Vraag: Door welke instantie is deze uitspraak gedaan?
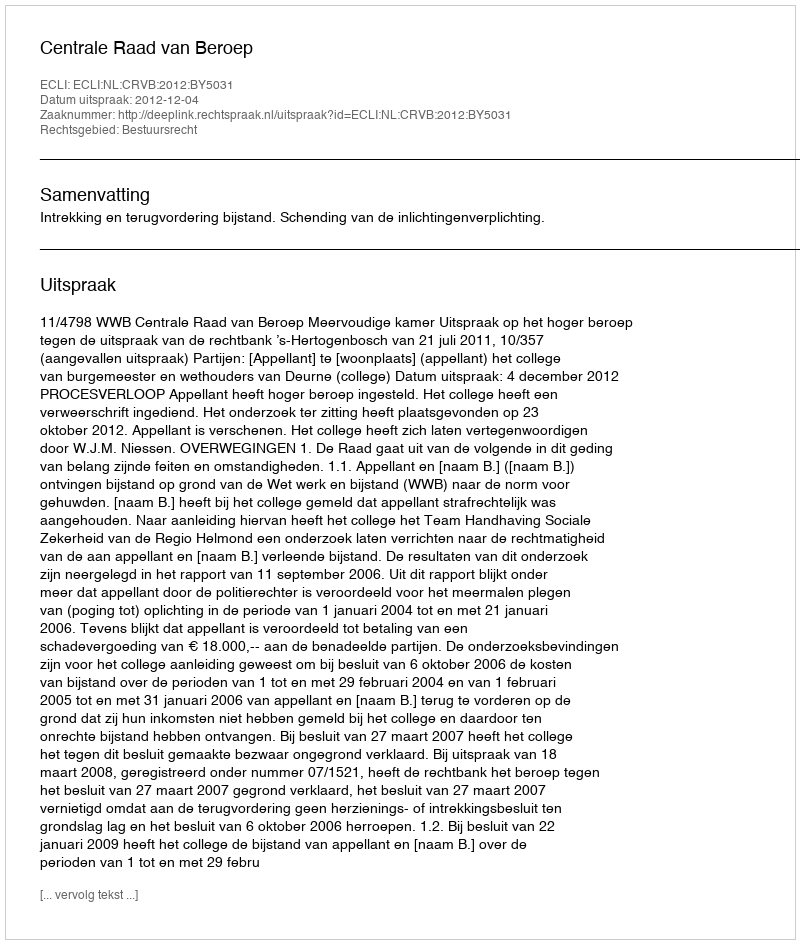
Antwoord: Centrale Raad van Beroep